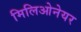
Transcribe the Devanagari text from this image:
मिलिओनेयर